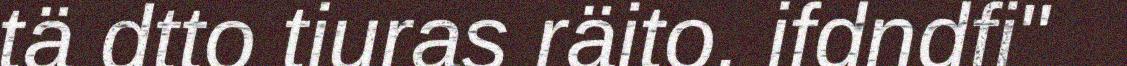
tä dtto tiuras räito. ifdndfi"